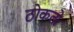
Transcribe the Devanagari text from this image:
ठोकतो